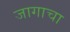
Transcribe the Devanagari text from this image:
जागाचा